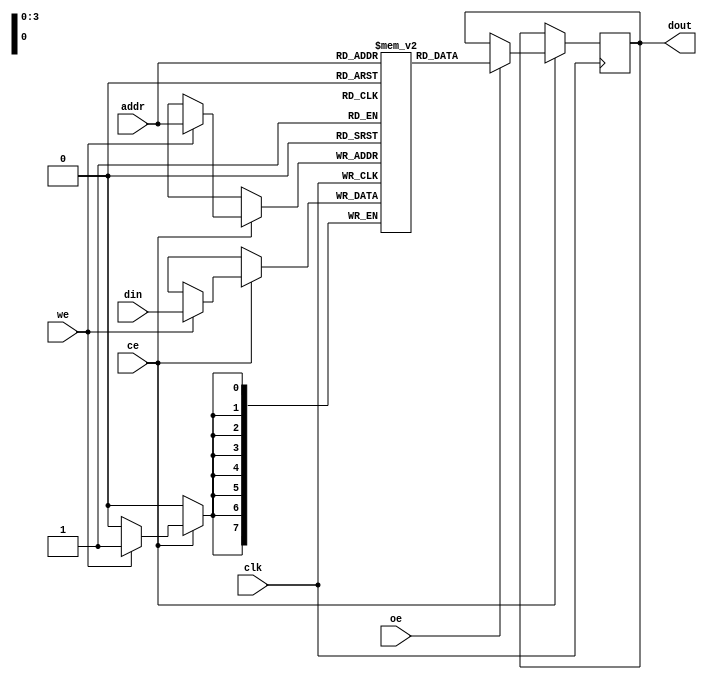
module eSRAM #(
    parameter DATA_WIDTH = 8,   // Width of each word
    parameter ADDR_WIDTH = 4,   // Address width (2^ADDR_WIDTH = depth of SRAM)
    parameter DEPTH = 1 << ADDR_WIDTH  // Total number of words
)(
    input wire clk,              // Clock signal
    input wire ce,               // Chip enable
    input wire we,               // Write enable
    input wire oe,               // Output enable
    input wire [ADDR_WIDTH-1:0] addr, // Address bus
    input wire [DATA_WIDTH-1:0] din,   // Data input
    output reg [DATA_WIDTH-1:0] dout    // Data output
);

    // Memory array
    reg [DATA_WIDTH-1:0] memory [0:DEPTH-1];

    // Read/Write control logic
    always @(posedge clk) begin
        if (ce) begin
            if (we) begin
                // Write operation
                memory[addr] <= din;
            end
            if (oe) begin
                // Read operation
                dout <= memory[addr];
            end
        end
    end

endmodule